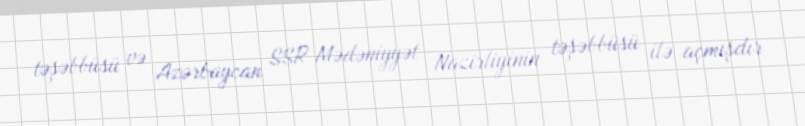
təşəbbüsü və Azərbaycan SSR Mədəniyyət Nazirliyinin təşəbbüsü ilə açmışdır